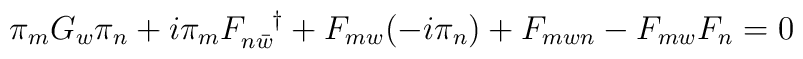
\pi_{m}G_{w}\pi_{n} + i \pi_{m} F_{n\bar{w}}^{\;\;\;\;\dagger} + F_{mw}(-i\pi_{n}) + F_{mwn} -F_{mw}F_{n} = 0